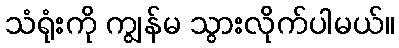
သံရုံးကို ကျွန်မ သွားလိုက်ပါမယ်။